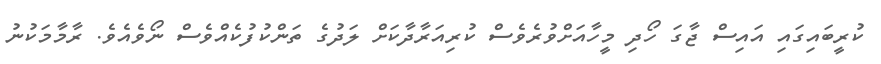
ކުރީބައިގައި އައިސް ޖާގަ ހޯދި މީހާއަށްވުރެވެސް ކުރިއަރާދާކަށް ލަދުގެ ތަންކުފުކެއްވެސް ނޯވެއެވެ. ރާމާމަކުނު